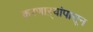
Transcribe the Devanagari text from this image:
करणाऱ्यांपासून